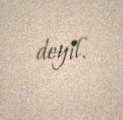
deyil.